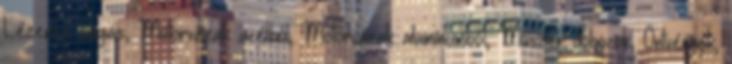
Lézeres vágás, Motorvázak acélból, Motorvázak alumíniumból, Műszer dobozok, Öntvények,